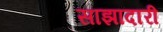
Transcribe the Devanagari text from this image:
साझादारी